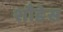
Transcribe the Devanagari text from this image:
शौडेस